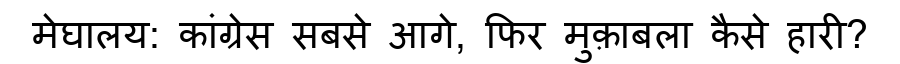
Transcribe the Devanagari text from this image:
मेघालय: कांग्रेस सबसे आगे, फिर मुक़ाबला कैसे हारी?